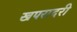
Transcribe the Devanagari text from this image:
खपरादरी